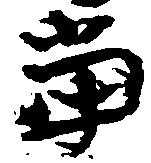
当